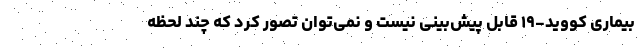
بیماری کووید-۱۹ قابل پیش‌بینی نیست و نمی‌توان تصور کرد که چند لحظه